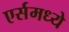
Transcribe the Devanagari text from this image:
एर्समध्ये